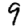
Digit: 9